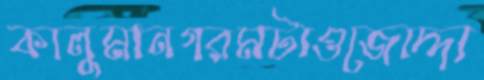
কালুমানগরমটাওজোদ্দা